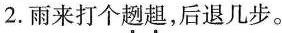
2.雨来打个\underset{·}{趔}\underset{·}{趄}，后退几步。